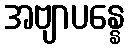
အဗျာပန္နေ